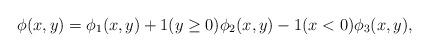
LaTeX: \begin{align*}\phi(x,y)=\phi_1(x,y)+1(y\ge 0)\phi_2(x,y)-1(x<0)\phi_3(x,y),\end{align*}